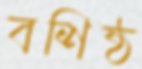
বশিষ্ঠ